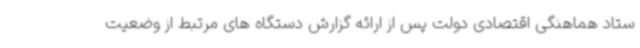
ستاد هماهنگی اقتصادی دولت پس از ارائه گزارش دستگاه های مرتبط از وضعیت